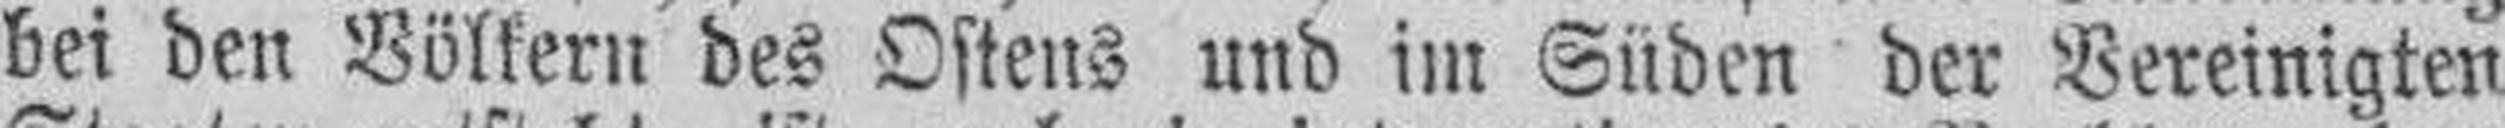
bei den Völkern des Ostens und im Süden der Vereinigten